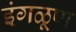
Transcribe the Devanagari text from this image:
इंगळूण